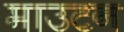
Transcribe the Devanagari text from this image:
माउटन